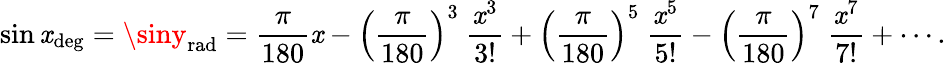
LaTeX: \sin\mathit{x}_{\mathrm{{deg}}}=\siny_{\mathrm{{rad}}}={\frac{{\pi}}{{180}}}\mathit{x}-\left({\frac{{\pi}}{{180}}}\right)^{3}\ {\frac{{\mathit{x}^{3}}}{{3!}}}+\left({\frac{{\pi}}{{180}}}\right)^{5}\ {\frac{{\mathit{x}^{5}}}{{5!}}}-\left({\frac{{\pi}}{{180}}}\right)^{7}\ {\frac{{\mathit{x}^{7}}}{{7!}}}+\cdots.